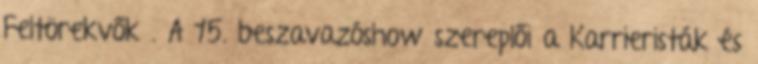
Feltörekvők . A 15. beszavazóshow szereplői a Karrieristák és